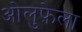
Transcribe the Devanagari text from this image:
ओलुफ़ेला